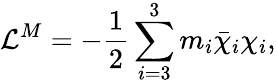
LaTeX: {{\cal{L}}^{M}}=-\frac{1}{2}\sum_{i=3}^{3}m_{i}\bar{\chi}_{i}\chi_{i},